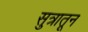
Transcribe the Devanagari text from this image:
सुत्रातून